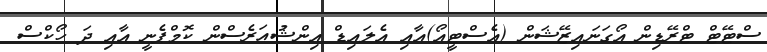
ސްޓޭޓް ޓްރޭޑިން އޯގަނައިޒޭޝަން (އެސްޓީއޯ)އާއި އެލައިޑް އިންޝުއަރެސްން ކޮމްޕެނީ އާއި ދަ ހޯކްސް